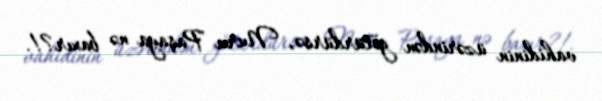
vahidinin üzərindən götürdürsə, Nuru Paşaya nə baxır?!.